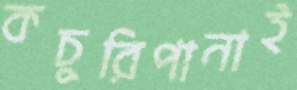
কচুরিপানাই